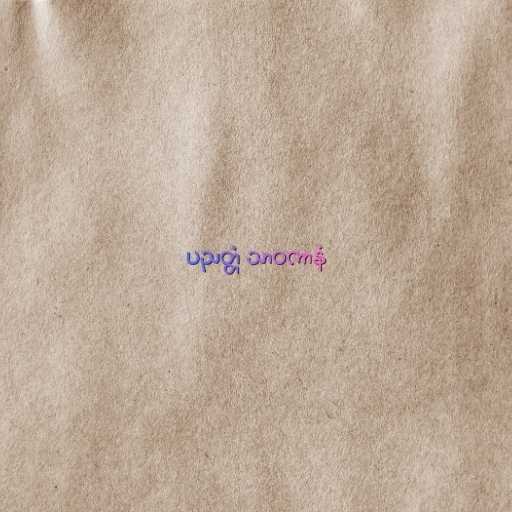
ပညတ္တံ သာဝကာနံ